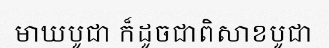
មាឃបូជា ក៏ដូចជាពិសាខបូជា